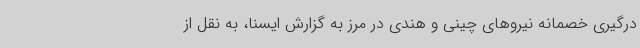
درگیری خصمانه نیروهای چینی و هندی در مرز به گزارش ایسنا، به نقل از